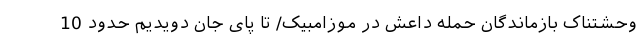
وحشتناک بازماندگان حمله داعش در موزامبیک/ تا پای جان دویدیم حدود 10